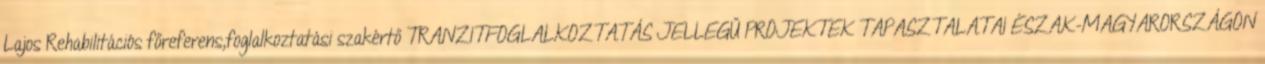
Lajos Rehabilitációs főreferens,foglalkoztatási szakértő TRANZITFOGLALKOZTATÁS JELLEGŰ PROJEKTEK TAPASZTALATAI ÉSZAK-MAGYARORSZÁGON